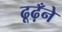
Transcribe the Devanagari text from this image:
ढूढ़ँने